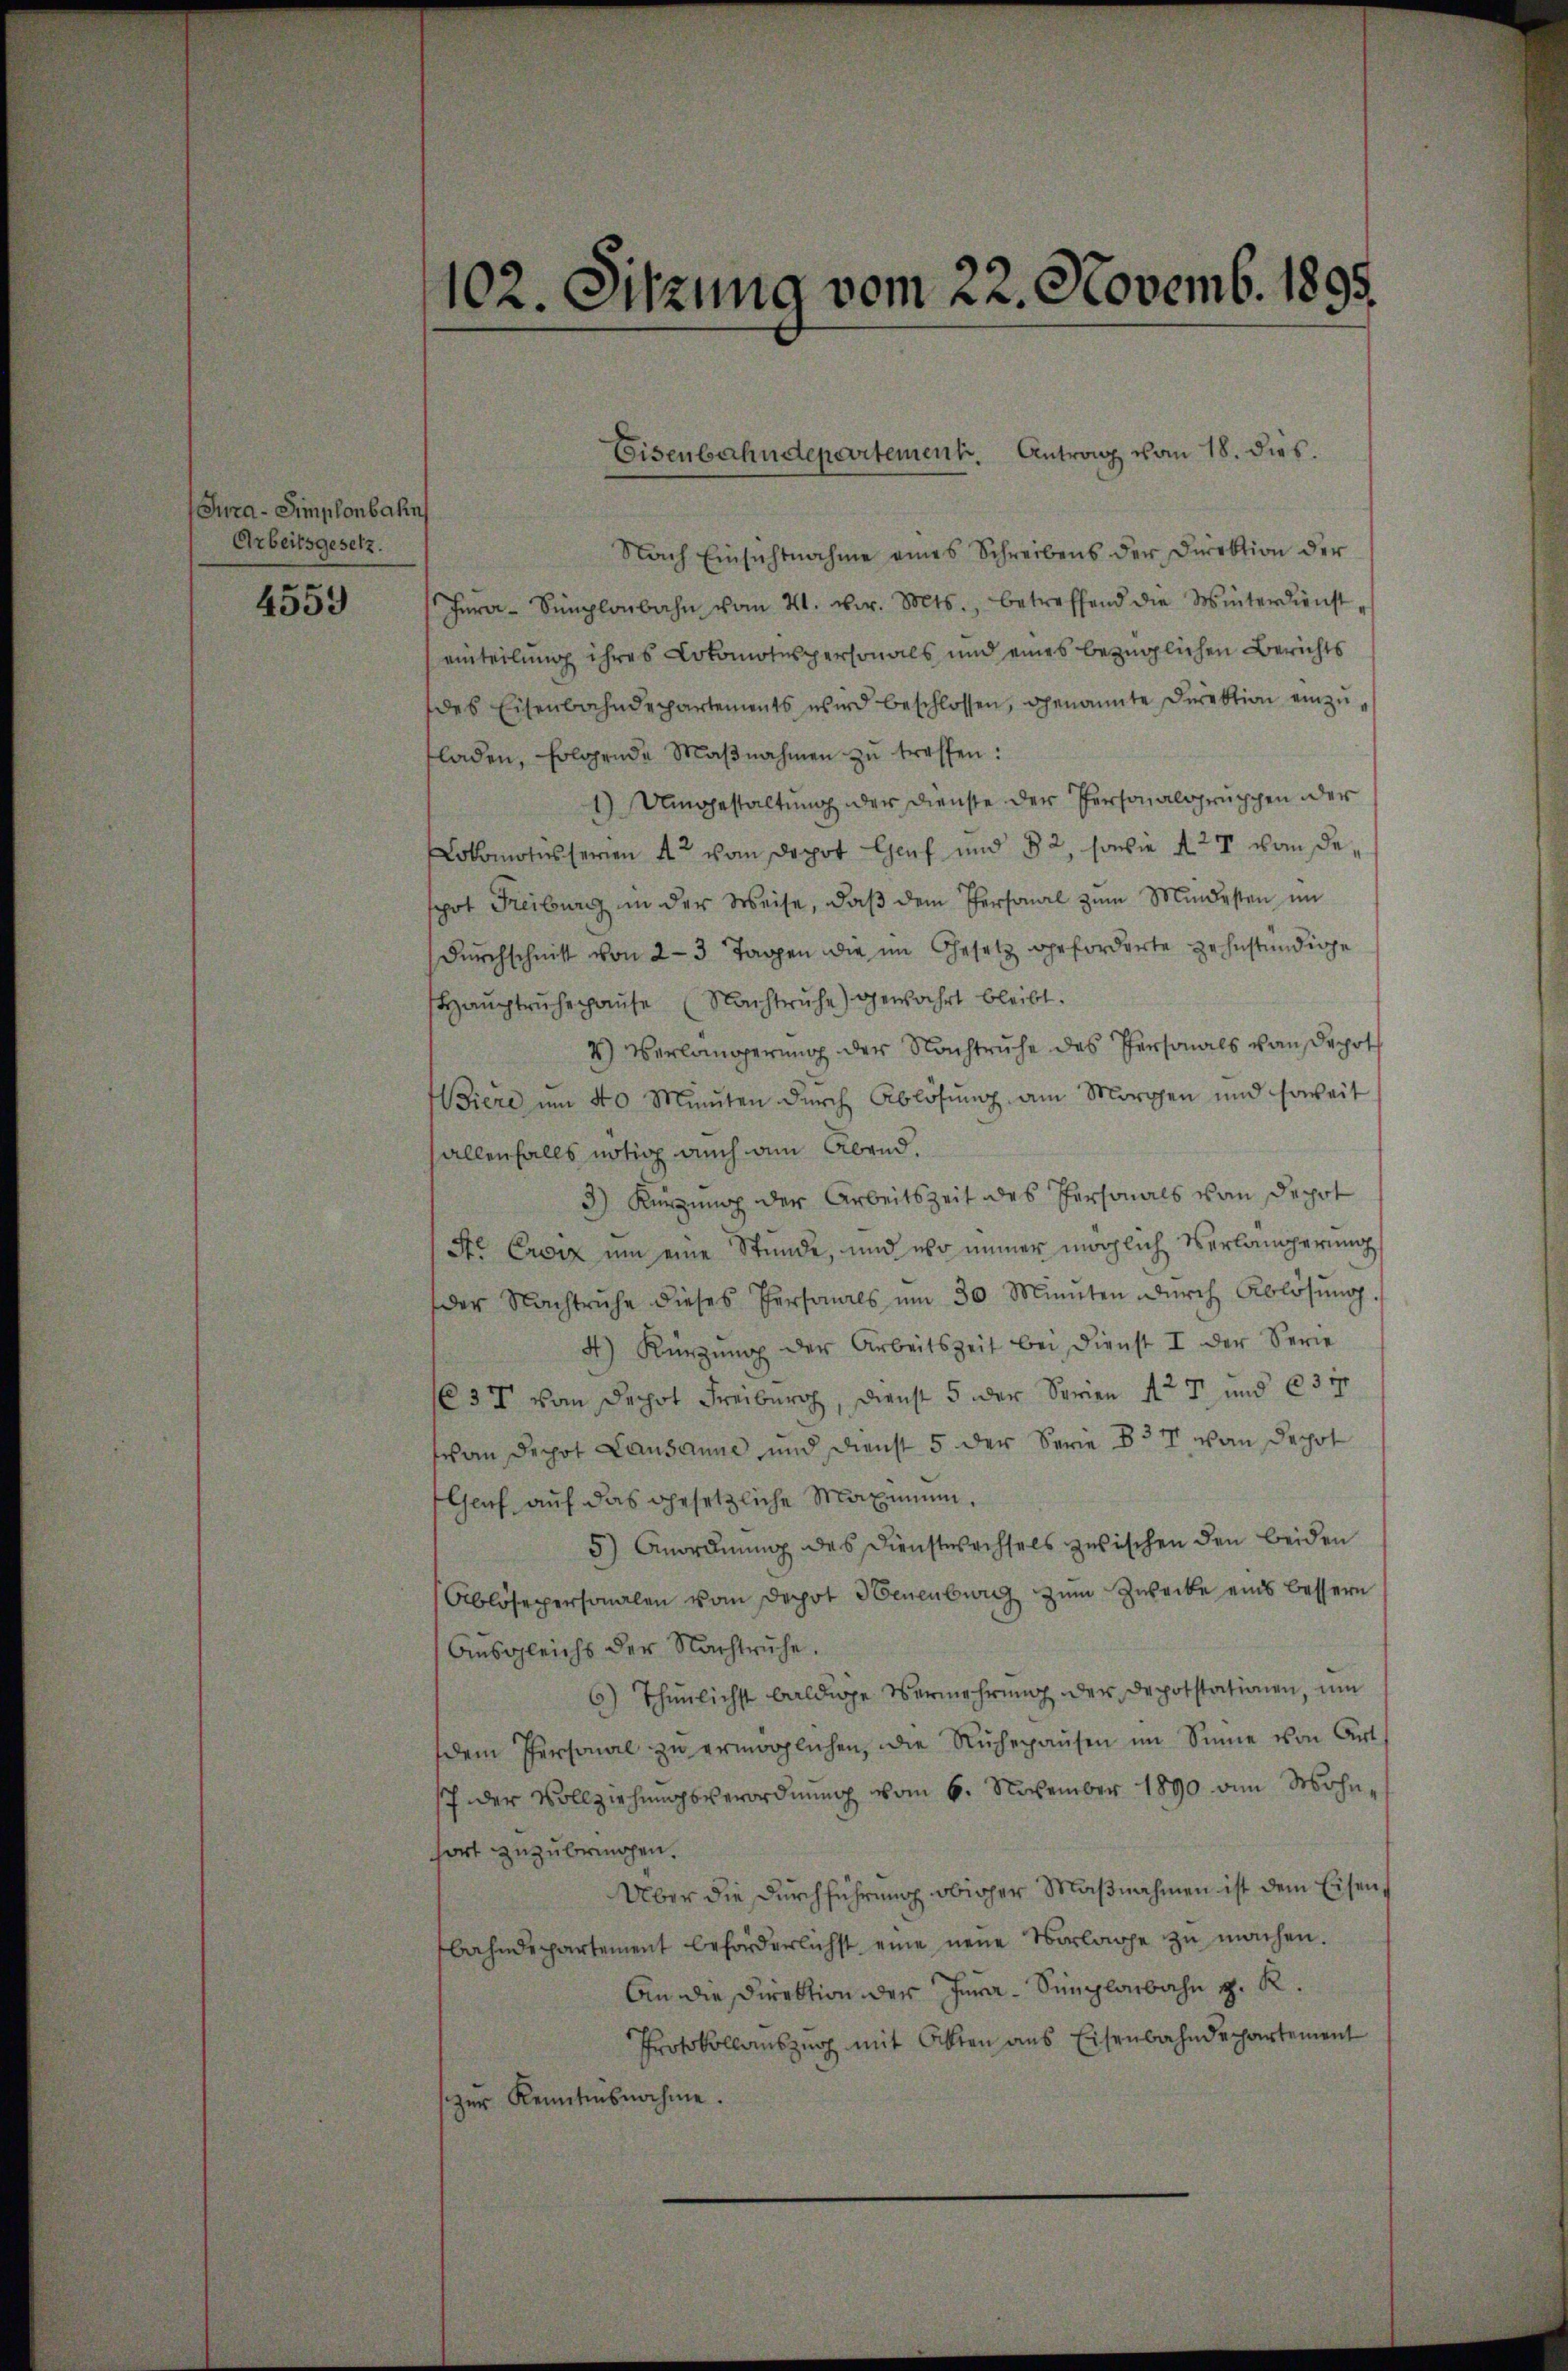
Jura-Simplonbahn
Arbeitsgesetz.

4559

102. Sitzung vom 22. Novemb. 1895.

Eisenbahndepartement. Antrag vom 18. dies.

Nach Einsichtnahme eines Schreibens der Direktion der
Jera-Simplonbahn vom 21. d. Mts., betreffend die Winterdienst-
einteilung ihres Lokomotnspersonals und eines bezüglichen Berichts
des Eisenbahndepartements wird beschlossen, genannte Direktion einzuladen, folgende Maβnahmen zu treffen:
1) Umgestaltung oder Dienste der Personalgruppen oder
Lokomotisserien Art vom Depot Genf und 82, sowie Art vom Despot Freiburg in der Weise, daβ dem Personal zum Mindesten im
Dŭrchschnitt von 2-3 Tagen die im Gesetz geforderte zehnständige
Haŭptrŭhepause (Nachtruhe gewahrt bleibt.
4) Verlangerung der Nachtruhe des Personals Hausepot
Biere um 40 Minuten dŭrch Ablösung am Morgen und soweit
allenfalls nötig auch am Abend.
3) Kürzung der Arbeitszeit des Personals von Depot
Se Creiz um eine Stunde, und wo immer möglich Verlängerung
der Nachtruhe dieses Personals um 30 Minuten dŭrch Ablösung.
4) Kürzung der Arbeitszeit bei dienst I der Serie
37 vom Depot Freiburg, Dienst 5 der Serien Art. 7 und 637
M an Depot Lausanne und Dienst 5 der Serie 837 von Depot
Genf auf das gesetzliche Maximum,
5) Anordnung des Dienstwachsels zwischen den beiden
Ablöseppersonalen vom Depot Neuenburg zum Zwecke eins bessern
Ausgleichs der Nachtruhe.
6) Thunlichst baldige Vermehrung der Depotstationen, um
dem Personal zŭ ermöglichen, die Ruhepausen im Sinne von Art
17 der Vollziehungsverordnung vom 6. November 1890 dem Wohnfort zuzubringen.
Über die Durchführung obiger Maßnahmen ist dem Eisen,
bahndepartement beförderlichst eine neue Vorlage zŭ machen.
An die Direktion der Jura-Singlaibahn z. R.
Protokollauszug mit Akten aus Eisenbahndepartement
zur Kenntnisnahme.